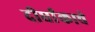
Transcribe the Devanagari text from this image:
दीर्घांकाचे